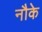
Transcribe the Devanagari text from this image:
नौके